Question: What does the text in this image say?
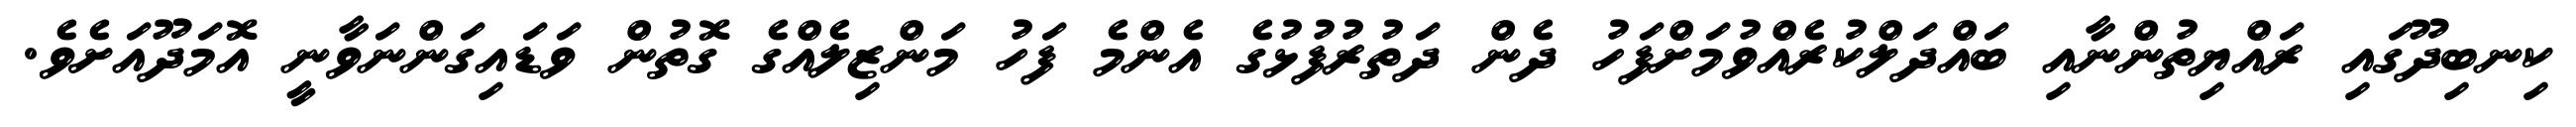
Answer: ކިނބިދޫގައި ރައްޔިތުންނާއި ބައްދަލްކުރެއްވުމަށްފަހު ދެން ދަތުރުފުޅުގެ އެންމެ ފަހު މަންޒިލެއްގެ ގޮތުން ވަޑައިގަންނަވާނީ އޮމަދޫއަށެވެ.